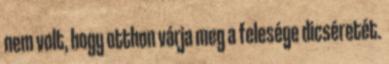
nem volt, hogy otthon várja meg a felesége dicséretét.